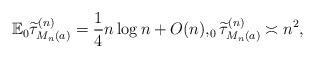
\begin{align*} \mathbb{E}_0\widetilde{\tau}^{(n)}_{M_n(a)}=\frac{1}{4}n\log n+O(n), _0\widetilde{\tau}^{(n)}_{M_n(a)}\asymp n^2,\end{align*}